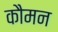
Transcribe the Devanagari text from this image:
कौमन